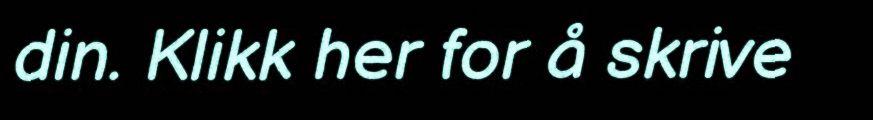
din. Klikk her for å skrive